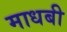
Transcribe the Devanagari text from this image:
माधबी